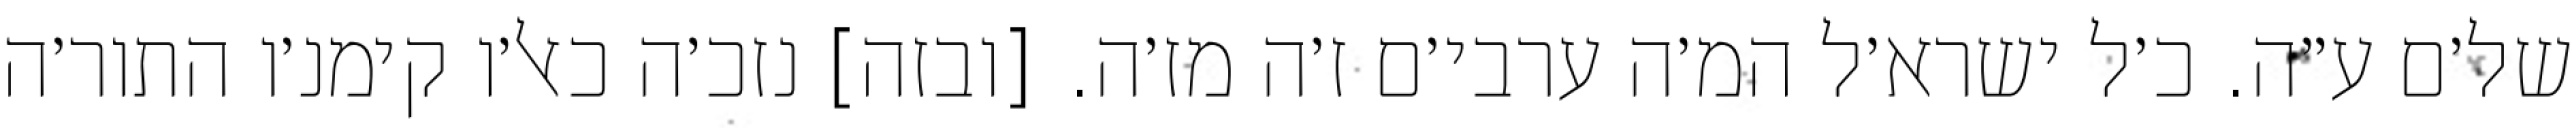
של׳ם ע״ה. כ׳ל ישרא׳ל המ׳ה ערבי׳ם ז׳ה מז׳ה. [ובזה] נזכ׳ה כאל׳ו קימנ׳ו התור׳ה